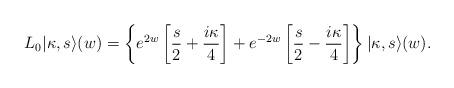
LaTeX: \begin{align*}L_0|\kappa,s\rangle(w)=\left\{e^{2w}\left[\frac{s}{2}+\frac{i\kappa}{4}\right]+e^{-2w}\left[\frac{s}{2}-\frac{i\kappa}{4}\right]\right\}|\kappa,s\rangle(w).\end{align*}